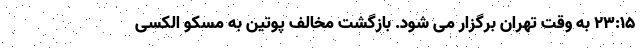
23:15 به وقت تهران برگزار می شود. بازگشت مخالف پوتین به مسکو الکسی